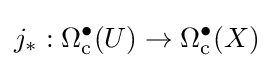
j_{*}:\Omega _{\mathrm {c} }^{\bullet }(U)\to \Omega _{\mathrm {c} }^{\bullet }(X)